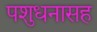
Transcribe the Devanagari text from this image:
पशुधनासह